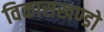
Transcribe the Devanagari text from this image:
विकासखण्डो